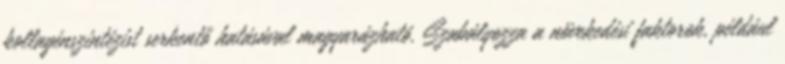
kollagénszintézist serkentő hatásával magyarázható. Szabályozza a növekedési faktorok, például